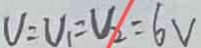
V _ { 2 } = V _ { 1 } = V _ { 2 } = 6 V